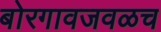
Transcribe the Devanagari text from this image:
बोरगावजवळच